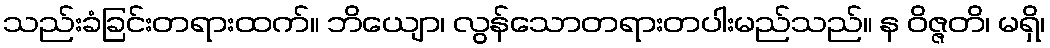
သည်းခံခြင်းတရားထက်။ ဘိယျော၊ လွန်သောတရားတပါးမည်သည်။ န ဝိဇ္ဇတိ၊ မရှိ၊